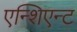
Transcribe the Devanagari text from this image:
एन्शिएन्ट